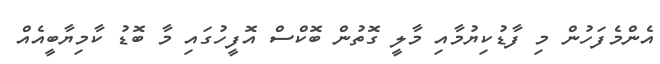
އެންމެފަހުން މި ފާޑުކިޔުމާއި މާލީ ގޮތުން ބޮކްސް އޮފީހުގައި މާ ބޮޑު ކާމިޔާބީއެއް